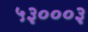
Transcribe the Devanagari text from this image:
५३०००३